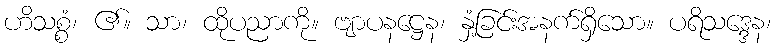
ဟိသစ္စံ၊ ၏။ သာ၊ ထိုပညာကို။ ဗျာပနဋ္ဌေန၊ နှံ့ခြင်းအနက်ရှိသော။ ပရိသဒ္ဒေန၊